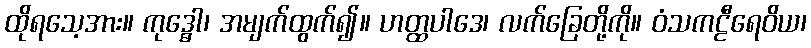
ထိုရသေ့အား။ ကုဒ္ဓေါ၊ အမျက်ထွက်၍။ ဟတ္ထပါဒေ၊ လက်ခြေတို့ကို။ ဝံသကဠီရေဝိယ၊